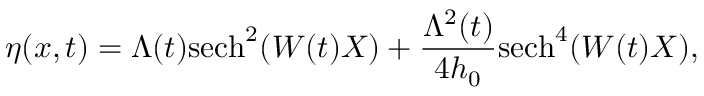
\eta ( x , t ) = \Lambda ( t ) \mathrm { s e c h } ^ { 2 } ( W ( t ) X ) + \frac { \Lambda ^ { 2 } ( t ) } { 4 h _ { 0 } } \mathrm { s e c h } ^ { 4 } ( W ( t ) X ) ,